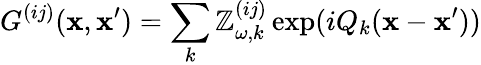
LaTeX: G^{(ij)}(\mathbf{x},\mathbf{x}^{\prime})=\sum_{k}\mathbb{Z}_{\omega,k}^{(ij)}\exp(iQ_{k}(\mathbf{x}-\mathbf{x}^{\prime}))